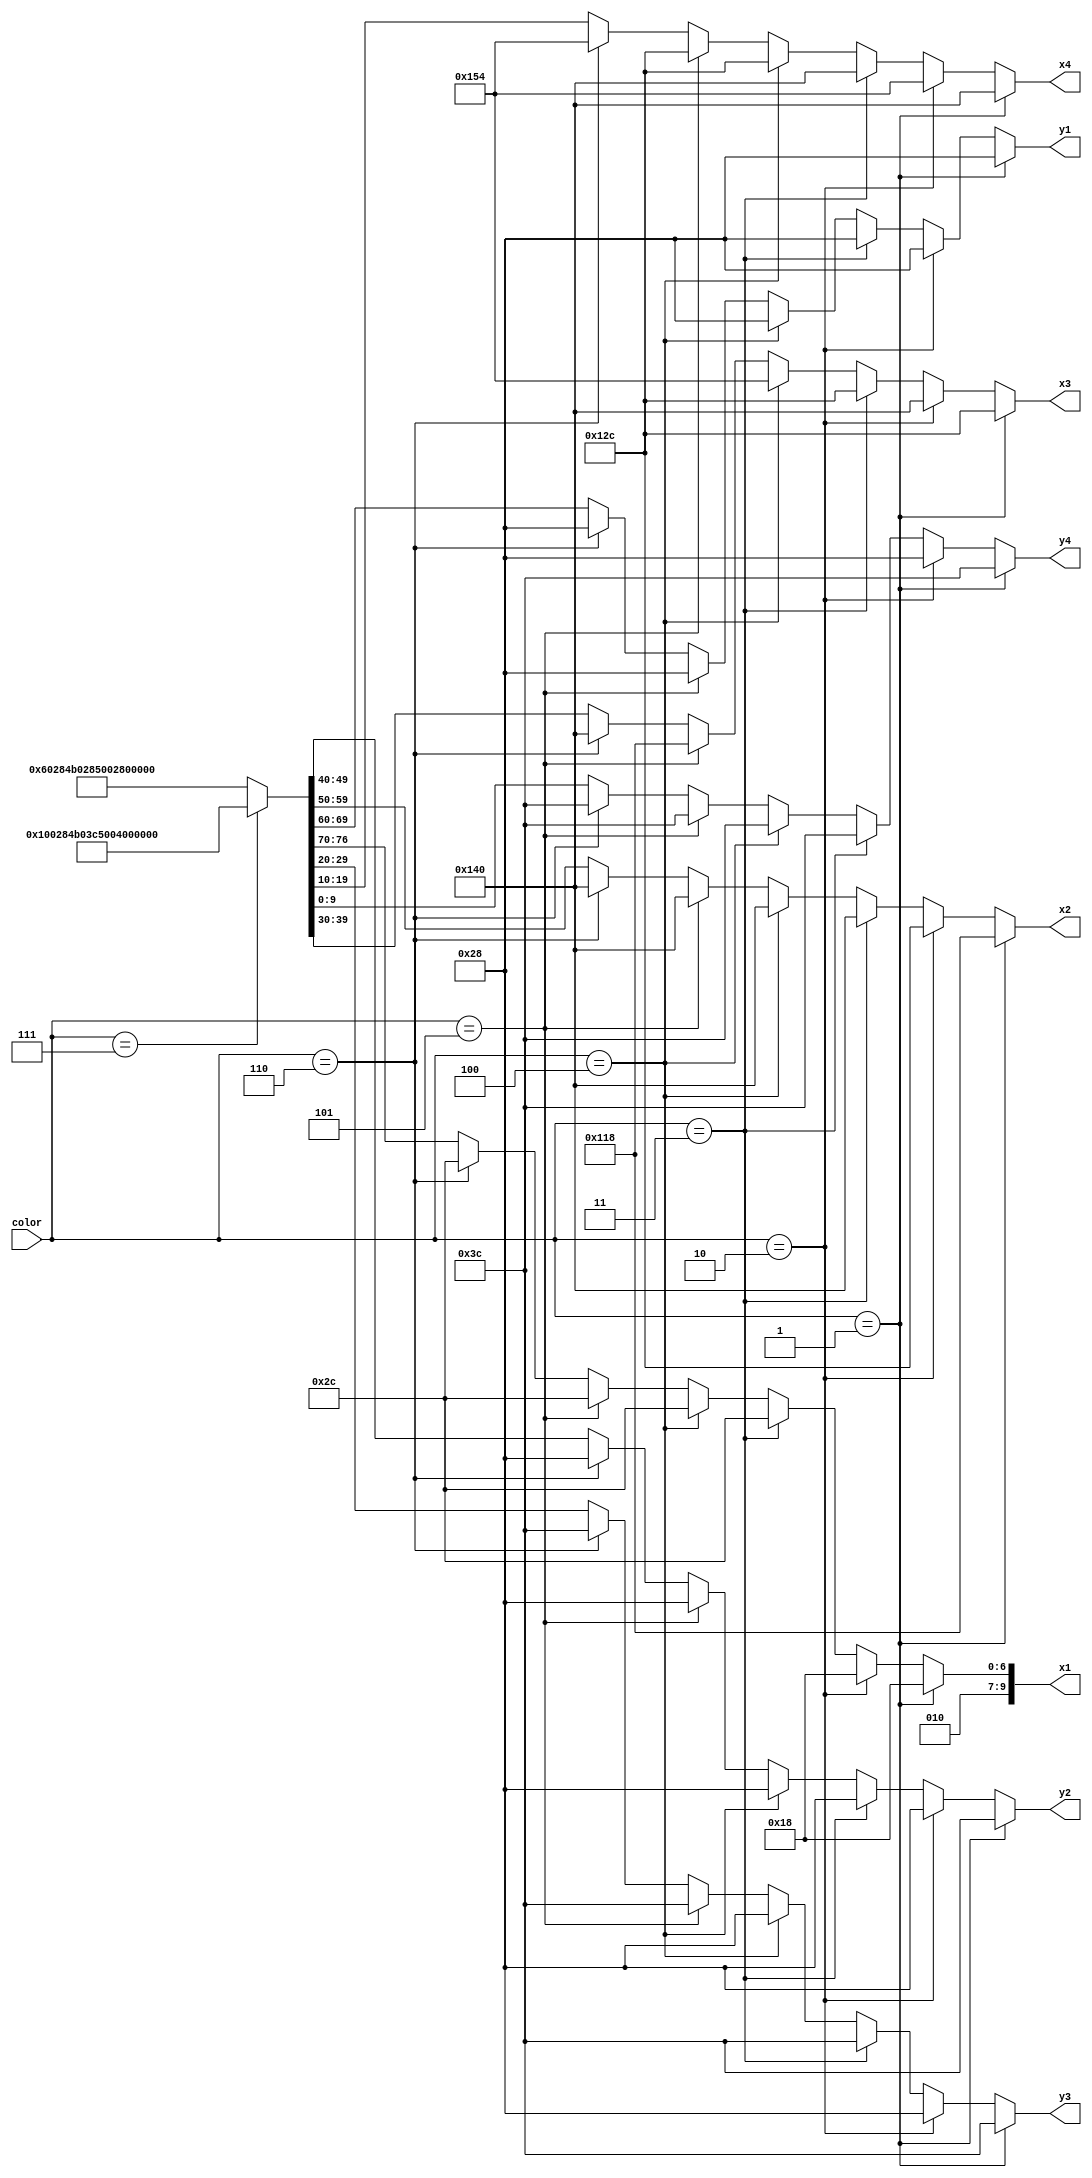
module new_tetris_gen(color, x1, x2, x3, x4, y1, y2, y3, y4);

input [2:0] color;//001-111
output reg [9:0] x1,x2,x3,x4,y1,y2,y3,y4;	
	
	always@*
		if(color==3'b001)//??
			{x1,y1,x2,y2,x3,y3,x4,y4}=
			{10'd280,10'd40,10'd280,10'd60,10'd300,10'd60,10'd320,10'd60};
		else if(color==3'b010)//??
			{x1,y1,x2,y2,x3,y3,x4,y4}=
			{10'd280,10'd40,10'd300,10'd40,10'd320,10'd40,10'd340,10'd40};
		else if(color==3'b011)//
			{x1,y1,x2,y2,x3,y3,x4,y4}=
			{10'd300,10'd40,10'd320,10'd40,10'd300,10'd60,10'd320,10'd60};
		else if(color==3'b100)//
			{x1,y1,x2,y2,x3,y3,x4,y4}=
			{10'd300,10'd40,10'd320,10'd40,10'd340,10'd40,10'd300,10'd60};
		else if(color==3'b101)//
			{x1,y1,x2,y2,x3,y3,x4,y4}=
			{10'd300,10'd40,10'd320,10'd40,10'd280,10'd60,10'd300,10'd60};
		else if(color==3'b110)//
			{x1,y1,x2,y2,x3,y3,x4,y4}=
			{10'd300,10'd40,10'd320,10'd40,10'd320,10'd60,10'd340,10'd60};
		else if(color==3'b111)//
			{x1,y1,x2,y2,x3,y3,x4,y4}=
			{10'd320,10'd40,10'd300,10'd60,10'd320,10'd60,10'd340,10'd60};
		else 
			{x1,y1,x2,y2,x3,y3,x4,y4}=
			{10'd280,10'd40,10'd300,10'd40,10'd320,10'd40,10'd340,10'd40};
	endmodule